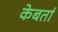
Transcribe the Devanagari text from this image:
केबर्ता